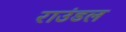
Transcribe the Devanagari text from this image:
राउंडल